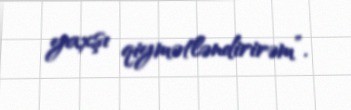
yaxşı qiymətləndirirəm”.